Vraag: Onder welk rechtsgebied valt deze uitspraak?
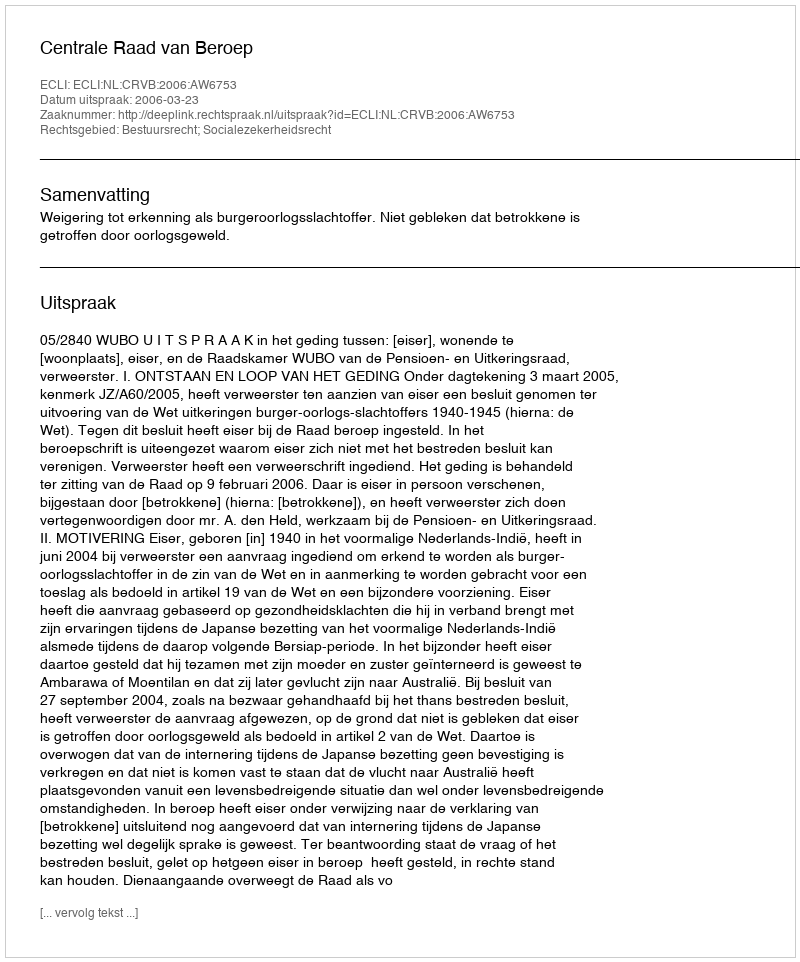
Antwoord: Bestuursrecht; Socialezekerheidsrecht